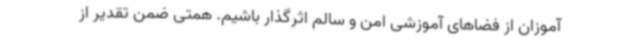
آموزان از فضاهای آموزشی امن و سالم اثرگذار باشیم. همتی ضمن تقدیر از